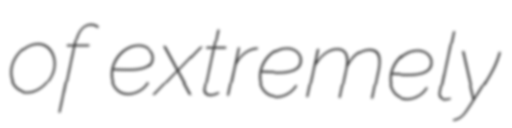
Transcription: of extremely